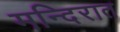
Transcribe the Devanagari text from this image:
मन्दिरात